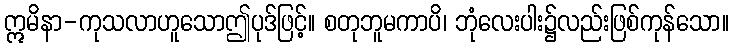
ဣမိနာ-ကုသလာဟူသောဤပုဒ်ဖြင့်။ စတုဘူမကာပိ၊ ဘုံလေးပါး၌လည်းဖြစ်ကုန်သော။